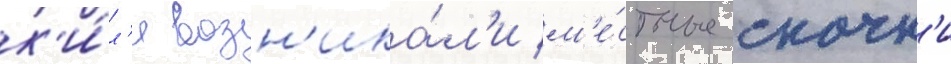
к'и́л'я возн'ика́л'и м'е́стные скачк'и